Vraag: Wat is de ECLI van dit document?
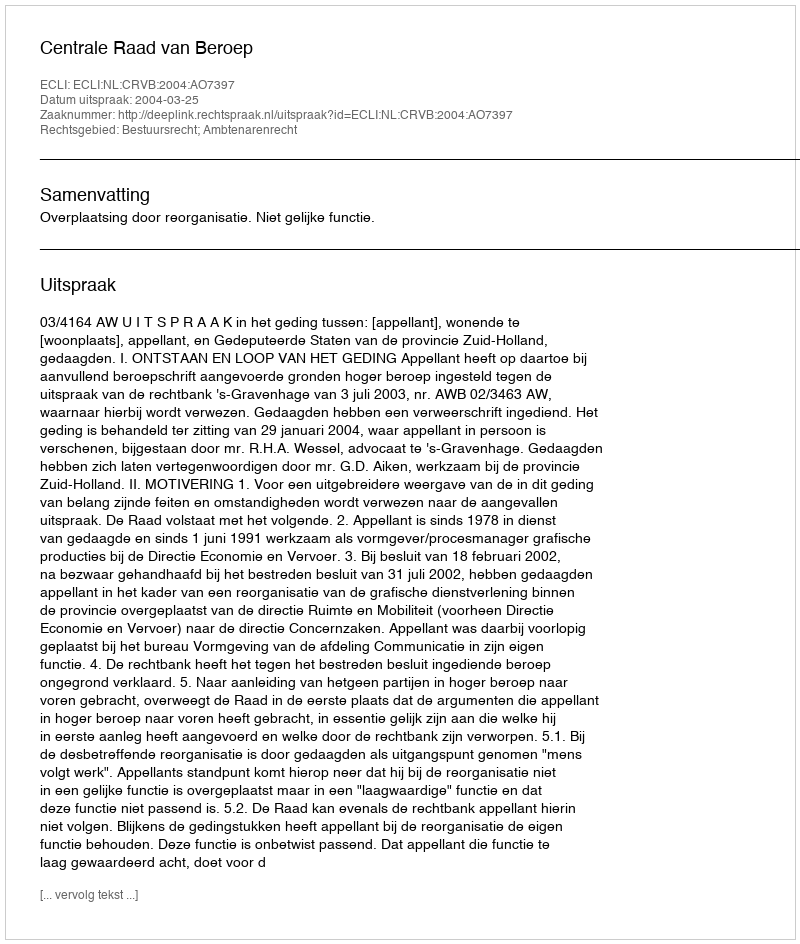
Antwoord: ECLI:NL:CRVB:2004:AO7397